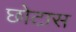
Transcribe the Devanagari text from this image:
छोटास